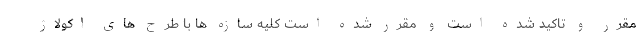
مقرر و تاکید شده است و مقرر شده است کلیه سازه ها با طرح های اکولاژ